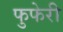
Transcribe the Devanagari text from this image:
फुफेरी